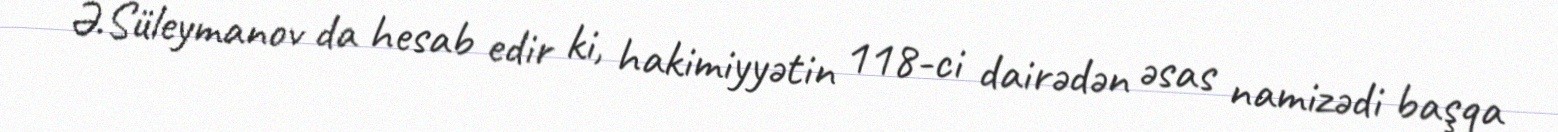
Ə.Süleymanov da hesab edir ki, hakimiyyətin 118-ci dairədən əsas namizədi başqa